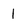
Character: 1